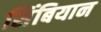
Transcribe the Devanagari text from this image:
सिंबियान